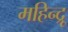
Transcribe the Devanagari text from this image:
महिन्द्रू